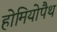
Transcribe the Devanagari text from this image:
होमियोपैथ